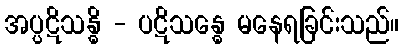
အပ္ပဋိသန္ဓိ - ပဋိသန္ဓေ မနေရခြင်းသည်။